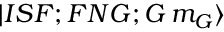
\begin{array} { r } { | I S F ; F N G ; G \, m _ { G } \rangle } \end{array}